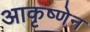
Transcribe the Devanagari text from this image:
आकृष्णेन